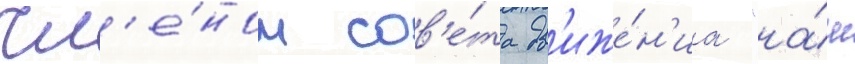
чл'е́ном сов'е́та дв'иже́н'иа "на́ш